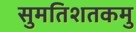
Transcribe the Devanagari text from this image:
सुमतिशतकमु